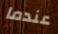
عندما